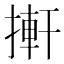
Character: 搟